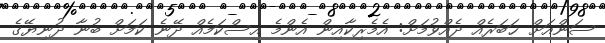
ސަންއަށް ޚަބަރެއް ދެއްވުމަށް: އެމެރިކާއިން އެންމެ އިސްކަމެއް ދޭނެ ކަމަށް ބުނާ ދުނިޔޭގެ